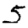
Digit: 5